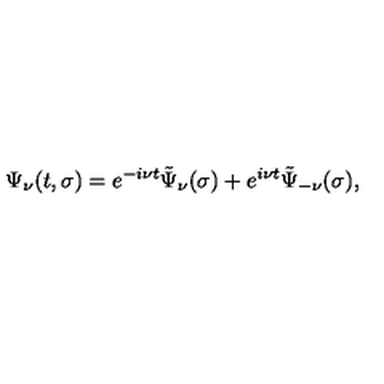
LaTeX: \Psi _ { \nu } ( t , \sigma ) = e ^ { - i \nu t } \tilde { \Psi } _ { \nu } ( \sigma ) + e ^ { i \nu t } \tilde { \Psi } _ { - \nu } ( \sigma ) ,